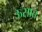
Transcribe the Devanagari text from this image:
ऊसात